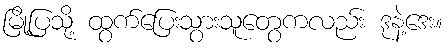
မြို့ပြသို့ ထွက်ပြေးသွားသူတွေကလည်း ဒုနဲ့ဒေး။